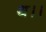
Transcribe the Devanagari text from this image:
थ।।